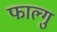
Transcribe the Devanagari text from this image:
फाल्गु